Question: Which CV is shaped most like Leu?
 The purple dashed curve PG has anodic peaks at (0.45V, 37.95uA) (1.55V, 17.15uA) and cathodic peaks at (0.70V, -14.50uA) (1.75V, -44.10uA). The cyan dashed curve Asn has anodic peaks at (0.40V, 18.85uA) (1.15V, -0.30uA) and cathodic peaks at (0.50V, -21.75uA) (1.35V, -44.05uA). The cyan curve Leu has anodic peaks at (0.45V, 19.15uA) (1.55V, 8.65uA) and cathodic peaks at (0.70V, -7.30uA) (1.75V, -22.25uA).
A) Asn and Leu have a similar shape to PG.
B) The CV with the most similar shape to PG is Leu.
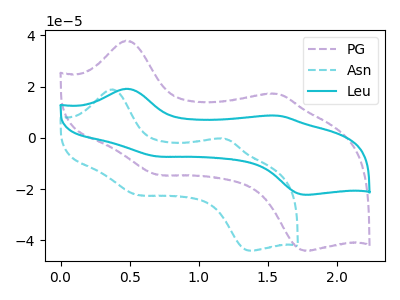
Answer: <think>"PG" and "Asn" have at least one peak that do not match. All the peaks in "PG" have a peak in "Leu" at the same potential. Every peak in "PG" is higher than every peak in "Leu". "Asn" and "Leu" have at least one peak that do not match.
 </think>
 <answer>B) The CV with the most similar shape to "PG" is "Leu".</answer>
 <eval>B</eval>